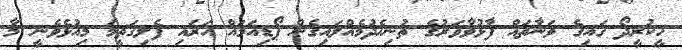
ހީކުރީދޯ ގައިގެ ވަނާތައް ފާޅުވާވަރުގެ ތުނިހެދުމެއްލައިގެން ޕޯޑިއަމައް އަރައި ފެލިގަތީމަ މިއުޅެވެނީ މާ